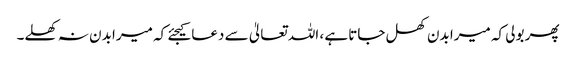
پھر بولی کہ میرا بدن کھل جاتا ہے ، اللہ تعالیٰ سے دعا کیجئے کہ میرا بدن نہ کھلے۔